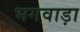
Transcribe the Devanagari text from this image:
भगवाड़ा